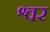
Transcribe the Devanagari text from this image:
श्वर